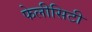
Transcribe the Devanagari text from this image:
फेलीसिटी